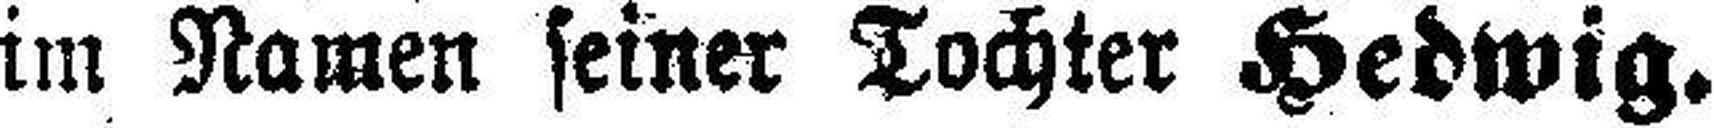
im Namen seiner Tochter Hedwig.